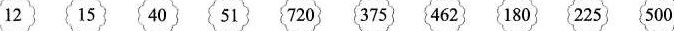
12 15 40 51 720 375 462 180 225 500